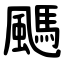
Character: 䬚